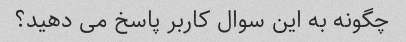
چگونه به این سوال کاربر پاسخ می دهید؟